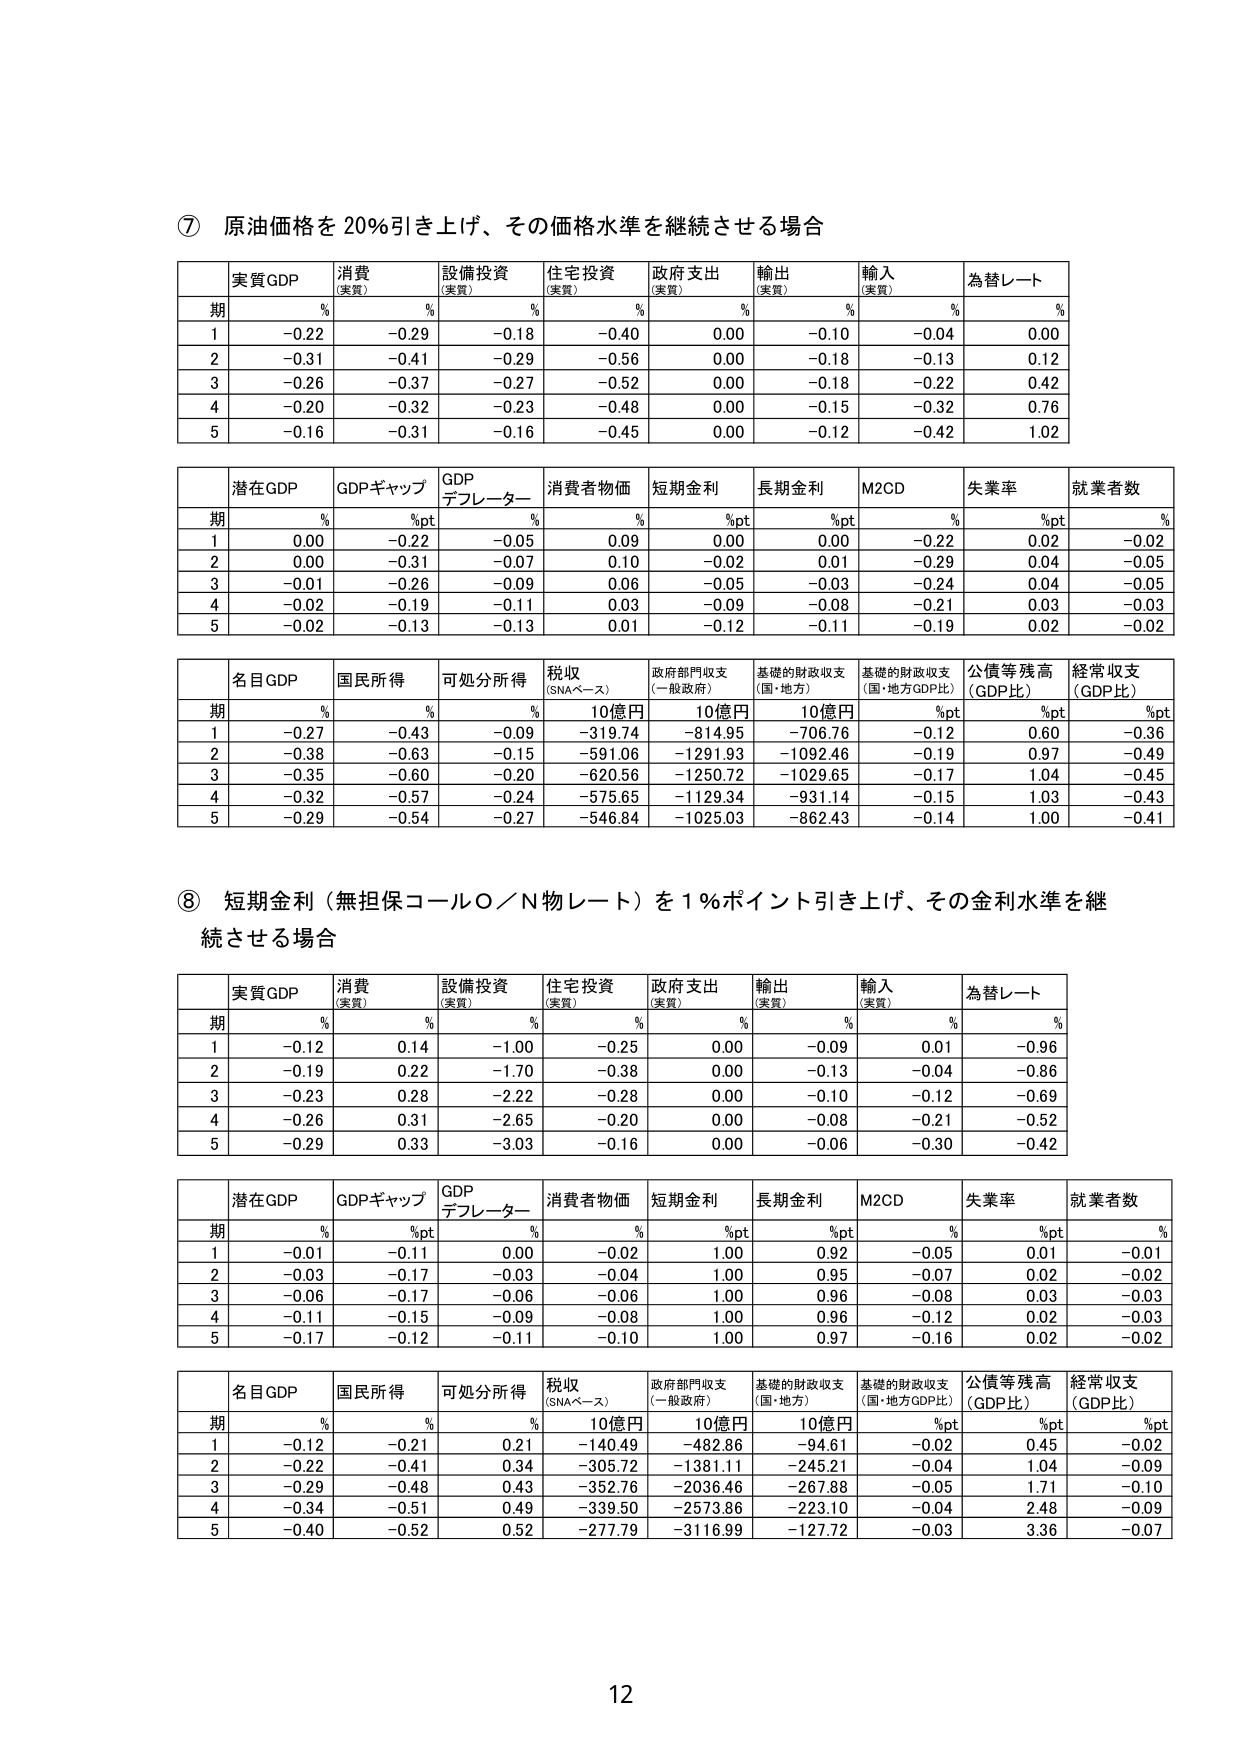
⑦ 原油価格を 20%引き上げ、その価格水準を継続させる場合

実質GDP 消費 設備投資 住宅投資 政府支出 輸出 輸入 為替レート
（実質） （実質） （実質） （実質） （実質） （実質） （実質）
期 % % % % % % % %
1 -0.22 -0.29 -0.18 -0.40 0.00 -0.10 -0.04 0.00
2 -0.31 -0.41 -0.29 -0.56 0.00 -0.18 -0.13 0.12
3 -0.26 -0.37 -0.27 -0.52 0.00 -0.18 -0.22 0.42
4 -0.20 -0.32 -0.23 -0.48 0.00 -0.15 -0.32 0.76
5 -0.16 -0.31 -0.16 -0.45 0.00 -0.12 -0.42 1.02

潜在GDP GDPギャップ GDP デフレーター 消費者物価 短期金利 長期金利 M2CD 失業率 就業者数
期 % %pt % % %pt %pt % %pt %
1 0.00 -0.22 -0.05 0.09 0.00 0.00 -0.22 0.02 -0.02
2 0.00 -0.31 -0.07 0.10 -0.02 0.01 -0.29 0.04 -0.05
3 -0.01 -0.26 -0.09 0.06 -0.05 -0.03 -0.24 0.04 -0.05
4 -0.02 -0.19 -0.11 0.03 -0.09 -0.08 -0.21 0.03 -0.03
5 -0.02 -0.13 -0.13 0.01 -0.12 -0.11 -0.19 0.02 -0.02

名目GDP 国民所得 可処分所得 税収 政府部門収支 基礎的財政収支 基礎的財政収支 公債等残高 経常収支
（SNAベース） （一般政府） （国・地方） （国・地方GDP比） （GDP比） （GDP比）
期 % % % 10億円 10億円 10億円 %pt %pt %pt
1 -0.27 -0.43 -0.09 -319.74 -814.95 -706.76 -0.12 0.60 -0.36
2 -0.38 -0.63 -0.15 -591.06 -1291.93 -1092.46 -0.19 0.97 -0.49
3 -0.35 -0.60 -0.20 -620.56 -1250.72 -1029.65 -0.17 1.04 -0.45
4 -0.32 -0.57 -0.24 -575.65 -1129.34 -931.14 -0.15 1.03 -0.43
5 -0.29 -0.54 -0.27 -546.84 -1025.03 -862.43 -0.14 1.00 -0.41

⑧ 短期金利（無担保コールＯ／Ｎ物レート）を 1％ポイント引き上げ、その金利水準を継続させる場合

実質GDP 消費 設備投資 住宅投資 政府支出 輸出 輸入 為替レート
（実質） （実質） （実質） （実質） （実質） （実質） （実質）
期 % % % % % % % %
1 -0.12 0.14 -1.00 -0.25 0.00 -0.09 0.01 -0.96
2 -0.19 0.22 -1.70 -0.38 0.00 -0.13 -0.04 -0.86
3 -0.23 0.28 -2.22 -0.28 0.00 -0.10 -0.12 -0.69
4 -0.26 0.31 -2.65 -0.20 0.00 -0.08 -0.21 -0.52
5 -0.29 0.33 -3.03 -0.16 0.00 -0.06 -0.30 -0.42

潜在GDP GDPギャップ GDP デフレーター 消費者物価 短期金利 長期金利 M2CD 失業率 就業者数
期 % %pt % % %pt %pt % %pt %
1 -0.01 -0.11 0.00 -0.02 1.00 0.92 -0.05 0.01 -0.01
2 -0.03 -0.17 -0.03 -0.04 1.00 0.95 -0.07 0.02 -0.02
3 -0.06 -0.17 -0.06 -0.06 1.00 0.96 -0.08 0.03 -0.03
4 -0.11 -0.15 -0.09 -0.08 1.00 0.96 -0.12 0.02 -0.03
5 -0.17 -0.12 -0.11 -0.10 1.00 0.97 -0.16 0.02 -0.02

名目GDP 国民所得 可処分所得 税収 政府部門収支 基礎的財政収支 基礎的財政収支 公債等残高 経常収支
（SNAベース） （一般政府） （国・地方） （国・地方GDP比） （GDP比） （GDP比）
期 % % % 10億円 10億円 10億円 %pt %pt %pt
1 -0.12 -0.21 0.21 -140.49 -482.86 -94.61 -0.02 0.45 -0.02
2 -0.22 -0.41 0.34 -305.72 -1381.11 -245.21 -0.04 1.04 -0.09
3 -0.29 -0.48 0.43 -352.76 -2036.46 -267.88 -0.05 1.71 -0.10
4 -0.34 -0.51 0.49 -339.50 -2573.86 -223.10 -0.04 2.48 -0.09
5 -0.40 -0.52 0.52 -277.79 -3116.99 -127.72 -0.03 3.36 -0.07

12